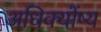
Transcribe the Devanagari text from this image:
अधिक्योंष्य